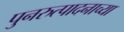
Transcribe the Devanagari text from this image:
पुनरुत्पादनाच्या